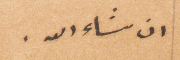
ان شاء الله